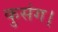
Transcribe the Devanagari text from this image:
कुसंग।